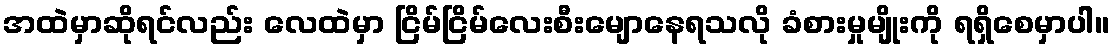
အထဲမှာဆိုရင်လည်း လေထဲမှာ ငြိမ်ငြိမ်လေးစီးမျောနေရသလို ခံစားမှုမျိုးကို ရရှိစေမှာပါ။